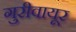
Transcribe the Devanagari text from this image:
गुरीवायूर